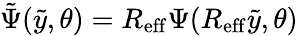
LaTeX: \tilde{\Psi}(\tilde{y},\theta)=R_{\mathrm{eff}}\Psi(R_{\mathrm{eff}}\tilde{y},\theta)